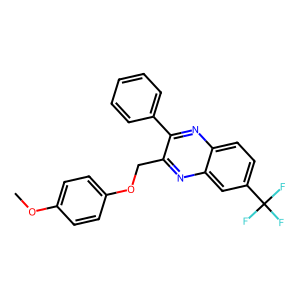
SMILES: COc1ccc(OCc2nc3cc(C(F)(F)F)ccc3nc2-c2ccccc2)cc1
Inhibits HIV replication: No